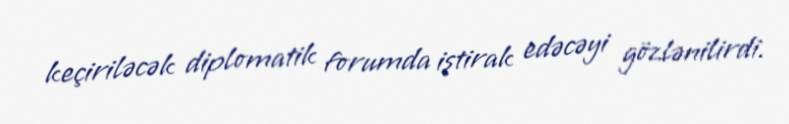
keçiriləcək diplomatik forumda iştirak edəcəyi gözlənilirdi.